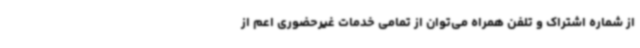
از شماره اشتراک و تلفن همراه می‌توان از تمامی خدمات غیرحضوری اعم از